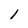
Character: 1